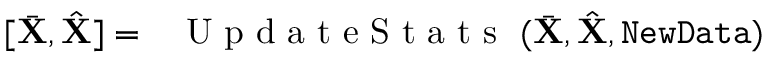
[ \bar { \mathbf X } , \hat { \mathbf X } ] = \mathrm { ~ \sc ~ { ~ U ~ p ~ d ~ a ~ t ~ e ~ S ~ t ~ a ~ t ~ s ~ } ~ } ( \bar { \mathbf X } , \hat { \mathbf X } , \mathtt { N e w D a t a } )